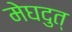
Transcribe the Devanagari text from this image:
मेघदुत्